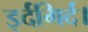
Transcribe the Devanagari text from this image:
इर्दगिर्द।